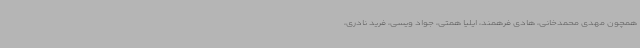
همچون مهدی محمدخانی، هادی فرهمند، ایلیا همتی، جواد ویسی، فرید نادری،